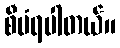
စီမံရပါတယ်။